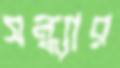
সন্ধ্যার